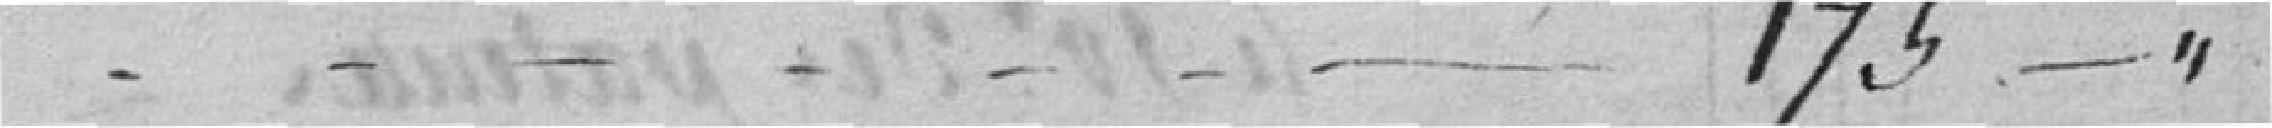
175